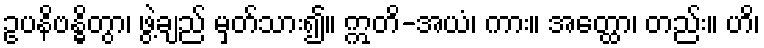
ဥပနိဗန္ဓိတွာ၊ ဖွဲ့ချည် မှတ်သား၍။ ဣတိ-အယံ၊ ကား။ အတ္ထော၊ တည်း။ ဟိ၊